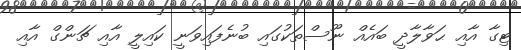
ޓިގާ އާއި ޙަވާލާދީ ބައެއް ނޫސްތަކުގައި ބުނެފައިވަނީ ކައިލީ އާއި ޗަންގް އާއި